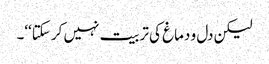
لیکن دل و دماغ کی تربیت نہیں کر سکتا‘‘۔